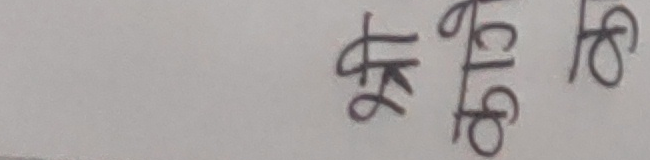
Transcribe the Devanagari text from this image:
क्षति १८